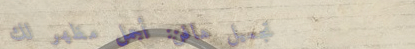
تجميل هافن: أجمل مظهر لكِ